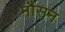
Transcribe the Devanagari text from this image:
मौसन